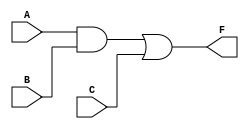
/* Test2   */
module Testgate2(A, B,C, F);
  input A, B,C;
  output F;

  assign F=(A&B)|C;
endmodule